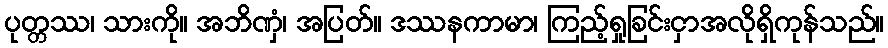
ပုတ္တဿ၊ သားကို။ အဘိဏှံ၊ အပြတ်။ ဒဿနကာမာ၊ ကြည့်ရှုခြင်းငှာအလိုရှိကုန်သည်။